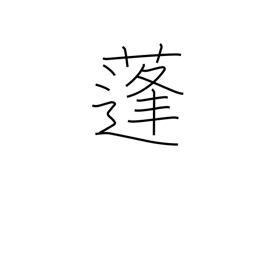
Meaning: mugwort